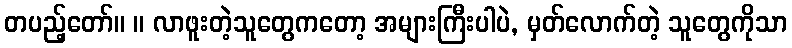
တပည့်တော်။ ။ လာဖူးတဲ့သူတွေကတော့ အများကြီးပါပဲ, မှတ်လောက်တဲ့ သူတွေကိုသာ